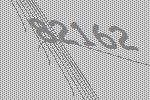
82162